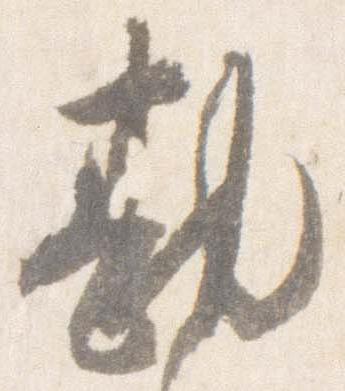
勘